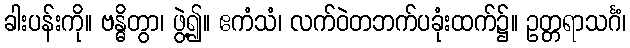
ခါးပန်းကို။ ဗန္ဓိတွာ၊ ဖွဲ့၍။ ဧကံသံ၊ လက်ဝဲတဘက်ပခုံးထက်၌။ ဥတ္တရာသင်္ဂံ၊